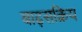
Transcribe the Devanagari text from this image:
बाढ़सक्रिय